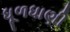
ધૂળધાણી